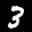
Label: 3